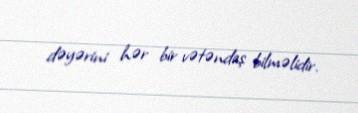
dəyərini hər bir vətəndaş bilməlidir.